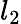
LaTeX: l_{2}